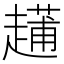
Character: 𧽬